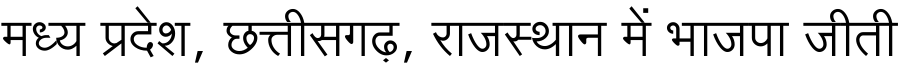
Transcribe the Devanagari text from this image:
मध्य प्रदेश, छत्तीसगढ़, राजस्थान में भाजपा जीती